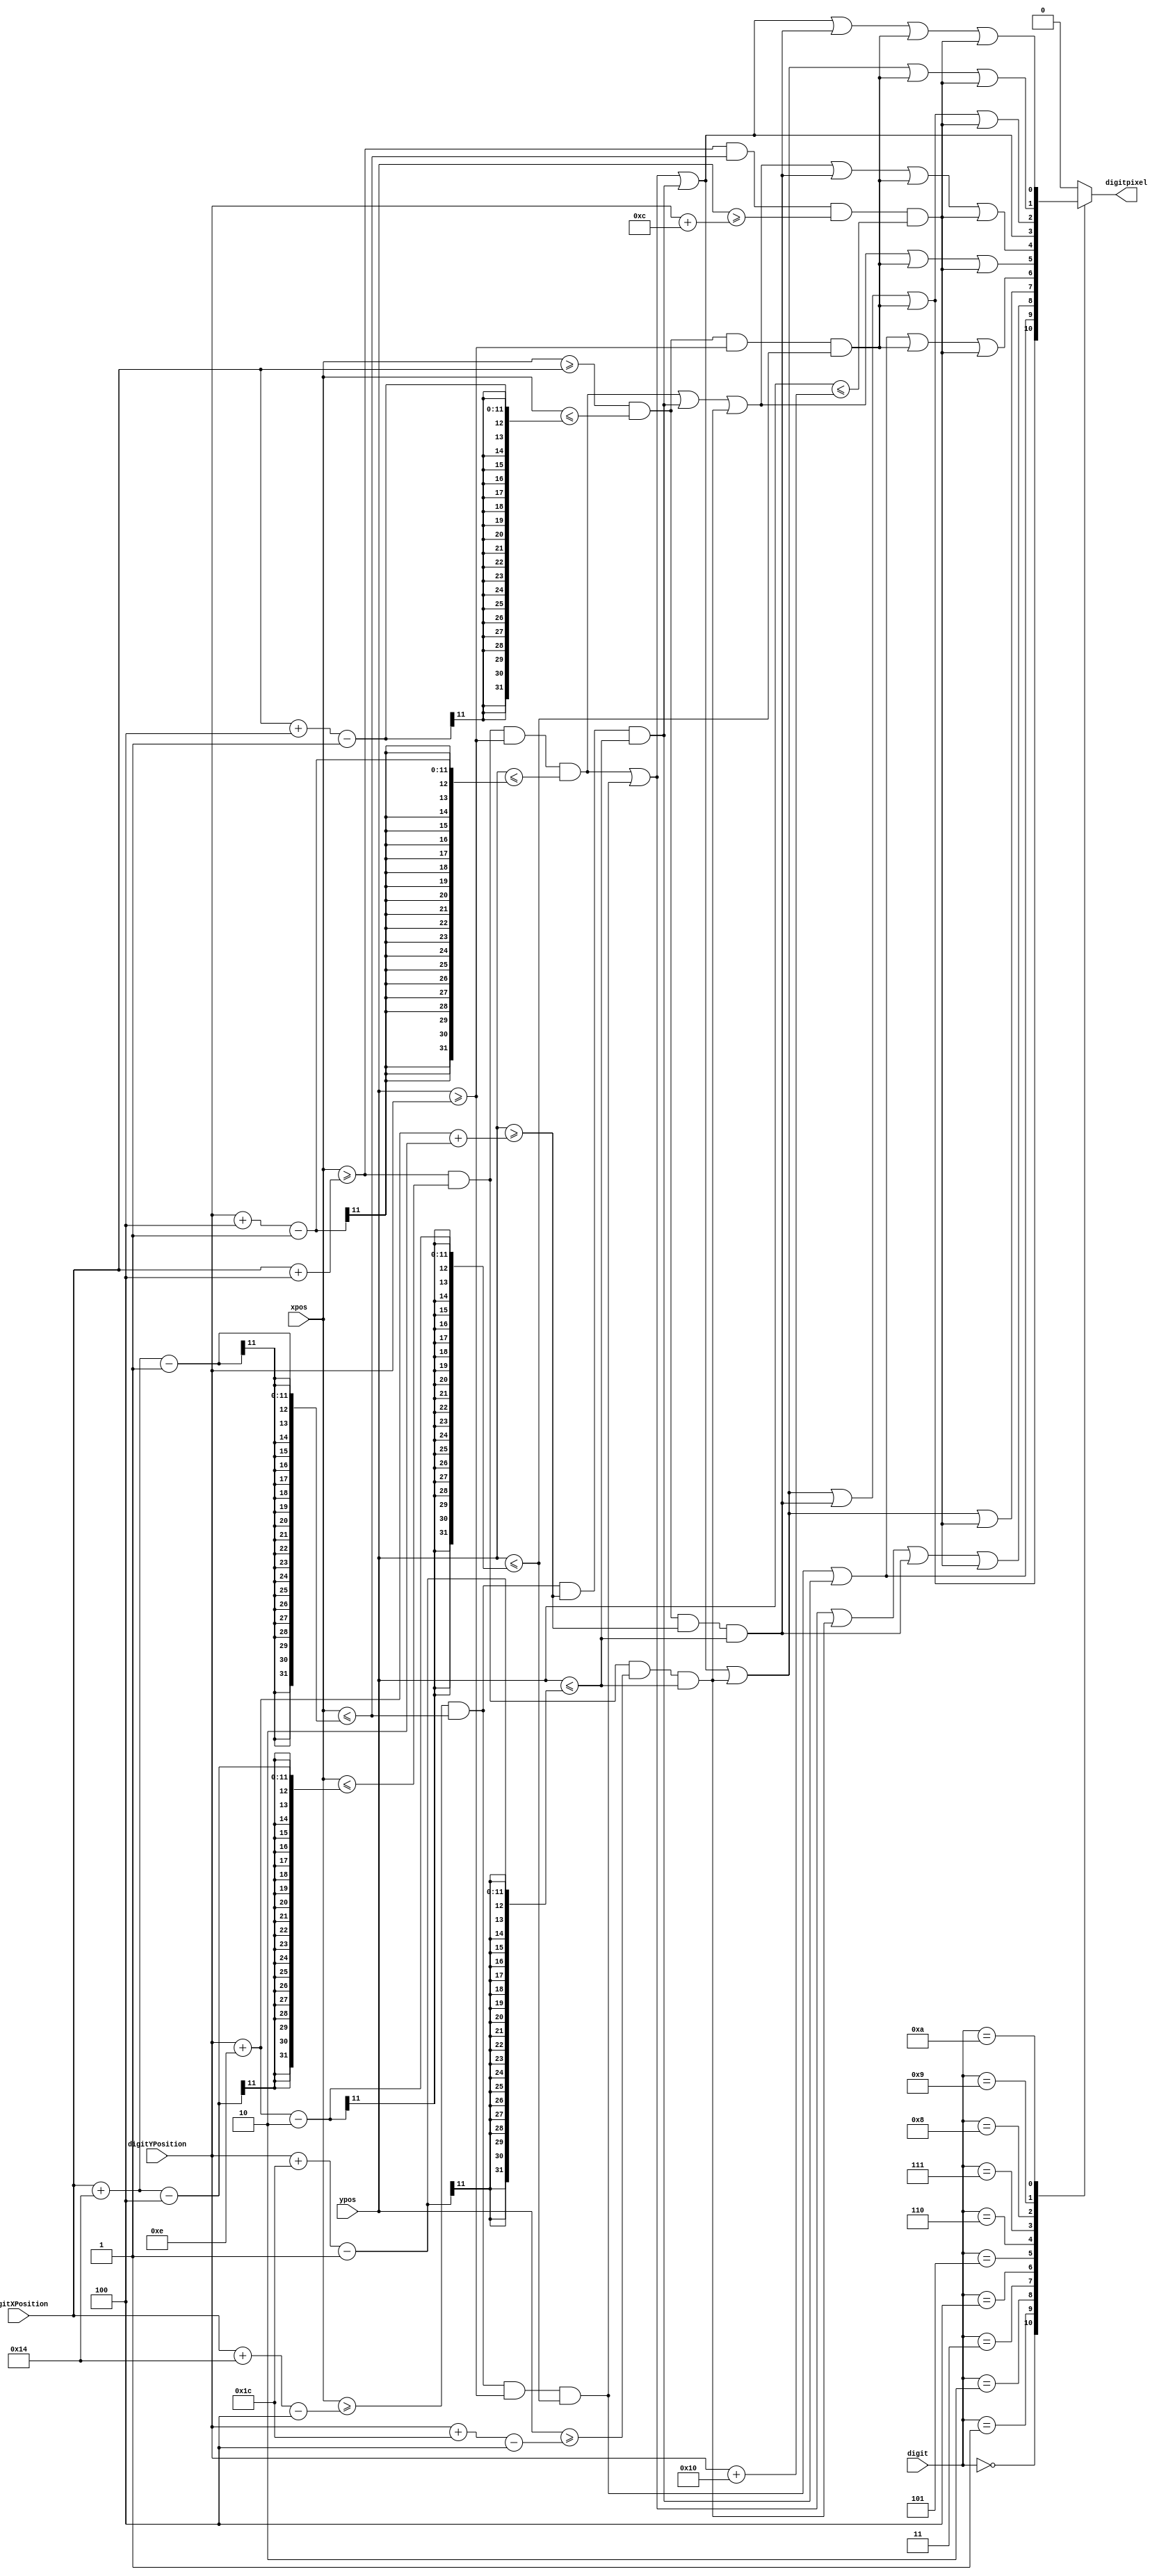
`timescale 1ns / 1ps
//Purpose: Generate seven-segment display with pixels on VGA display
//input:  
// (digitXPosition, digitYPosition): upper left corner of the display
// (xpos, ypos): screen position where pixel digitpixel is located
// digit: decimal number to be displayed
// output
// digitpixel: 1-bit ON or OFF flag for pixel at (xpos, ypos)

module VGA7SegDisplay(input [9:0] digitXPosition, digitYPosition, xpos, ypos,
						input [3:0] digit,
						output reg digitpixel
    );
//
parameter SegmentWidth = 10'd20, SegmentHeight = 10'd28, lineWidth = 10'd4;

wire segmentA = (xpos >= digitXPosition+lineWidth && xpos <= digitXPosition+SegmentWidth-4 && ypos >= digitYPosition && ypos <= digitYPosition+lineWidth-1);
wire segmentB = (xpos >= digitXPosition+SegmentWidth-lineWidth && xpos <= digitXPosition+SegmentWidth-1 && ypos >= digitYPosition && ypos <= digitYPosition+SegmentHeight/2-2);
wire segmentC = (xpos >= digitXPosition+SegmentWidth-lineWidth && xpos <= digitXPosition+SegmentWidth-1 && ypos >= digitYPosition+SegmentHeight/2+2 && ypos <= digitYPosition+SegmentHeight-1);
wire segmentD = (xpos >= digitXPosition+lineWidth && xpos <= digitXPosition+SegmentWidth-4 && ypos >= digitYPosition+SegmentHeight-lineWidth && ypos <= digitYPosition+SegmentHeight-1);
wire segmentE = (xpos >= digitXPosition && xpos <= digitXPosition+lineWidth-1 && ypos >= digitYPosition+SegmentHeight/2+2 && ypos <= digitYPosition+SegmentHeight-1);
wire segmentF = (xpos >= digitXPosition && xpos <= digitXPosition+lineWidth-1 && ypos >= digitYPosition && ypos <= digitYPosition+SegmentHeight/2-2);
wire segmentG = (xpos >= digitXPosition+lineWidth && xpos <= digitXPosition+SegmentWidth-1 && ypos >= digitYPosition+(SegmentHeight-lineWidth)/2 && ypos <= digitYPosition+(SegmentHeight+lineWidth)/2);

always @(digit,segmentA,segmentA,segmentB,segmentC,segmentD,segmentE,segmentF,segmentG)
	case (digit) 
		0:	digitpixel <= (segmentA | segmentB | segmentC | segmentD | segmentE | segmentF );
		1:	digitpixel <= (segmentB | segmentC );
		2:	digitpixel <= (segmentA | segmentB | segmentD | segmentE | segmentG );
		3:	digitpixel <= (segmentA | segmentB | segmentC | segmentD | segmentG );
		4:	digitpixel <= (segmentB | segmentC | segmentF | segmentG );
		5:	digitpixel <= (segmentA | segmentC | segmentD | segmentF | segmentG );
		6:	digitpixel <= (segmentA | segmentC | segmentD | segmentE | segmentF | segmentG );
		7:	digitpixel <= (segmentA | segmentB | segmentC );
		8:	digitpixel <= (segmentA | segmentB | segmentC | segmentD | segmentE | segmentF | segmentG );
		9:	digitpixel <= (segmentA | segmentB | segmentC | segmentD | segmentF | segmentG );
		10:	digitpixel <= (segmentA | segmentB | segmentC | segmentE | segmentF | segmentG );
		default: digitpixel <= 0;
	endcase
endmodule